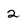
Character: 2